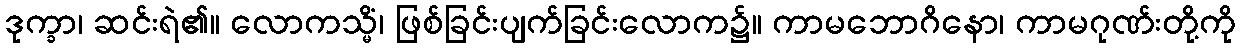
ဒုက္ခာ၊ ဆင်းရဲ၏။ လောကသ္မိံ၊ ဖြစ်ခြင်းပျက်ခြင်းလောက၌။ ကာမဘောဂိနော၊ ကာမဂုဏ်းတို့ကို